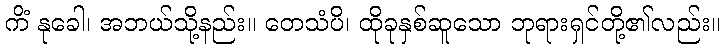
ကိံ နုခေါ၊ အဘယ်သို့နည်း။ တေသံပိ၊ ထိုခုနှစ်ဆူသော ဘုရားရှင်တို့၏လည်း။